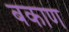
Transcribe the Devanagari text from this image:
बकाण